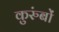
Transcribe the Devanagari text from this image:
कुरुंबों